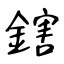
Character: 鎋